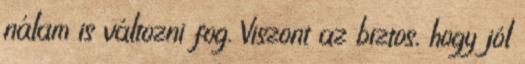
nálam is változni fog. Viszont az biztos, hogy jól